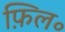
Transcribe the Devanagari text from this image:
फ़िल॰